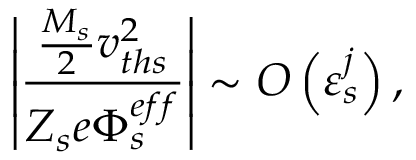
\left\vert \frac { \frac { M _ { s } } { 2 } v _ { t h s } ^ { 2 } } { { Z _ { s } e } \Phi _ { s } ^ { e f f } } \right\vert \sim O \left( \varepsilon _ { s } ^ { j } \right) ,